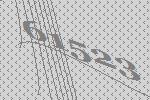
61523